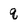
Character: q